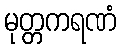
မုတ္တကရဏံ